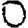
Digit: 0